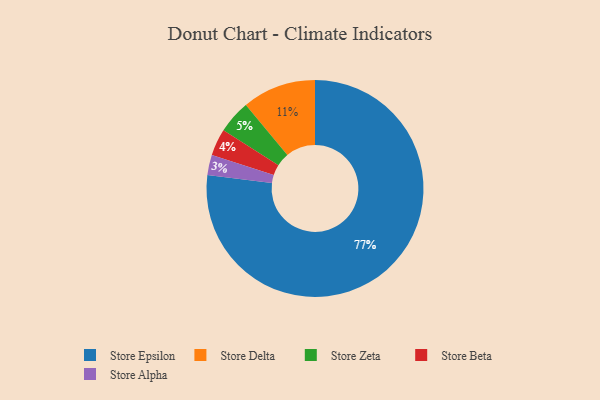
{"axis": {"x": "Category", "y": "Percentage"}, "legend": ["Store Alpha", "Store Beta", "Store Delta", "Store Epsilon", "Store Zeta"], "data": [{"x": "Store Alpha", "y": 3, "type": "Store Alpha"}, {"x": "Store Zeta", "y": 5, "type": "Store Zeta"}, {"x": "Store Beta", "y": 4, "type": "Store Beta"}, {"x": "Store Delta", "y": 11, "type": "Store Delta"}, {"x": "Store Epsilon", "y": 77, "type": "Store Epsilon"}]}